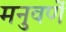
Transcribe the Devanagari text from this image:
मनुवर्णे